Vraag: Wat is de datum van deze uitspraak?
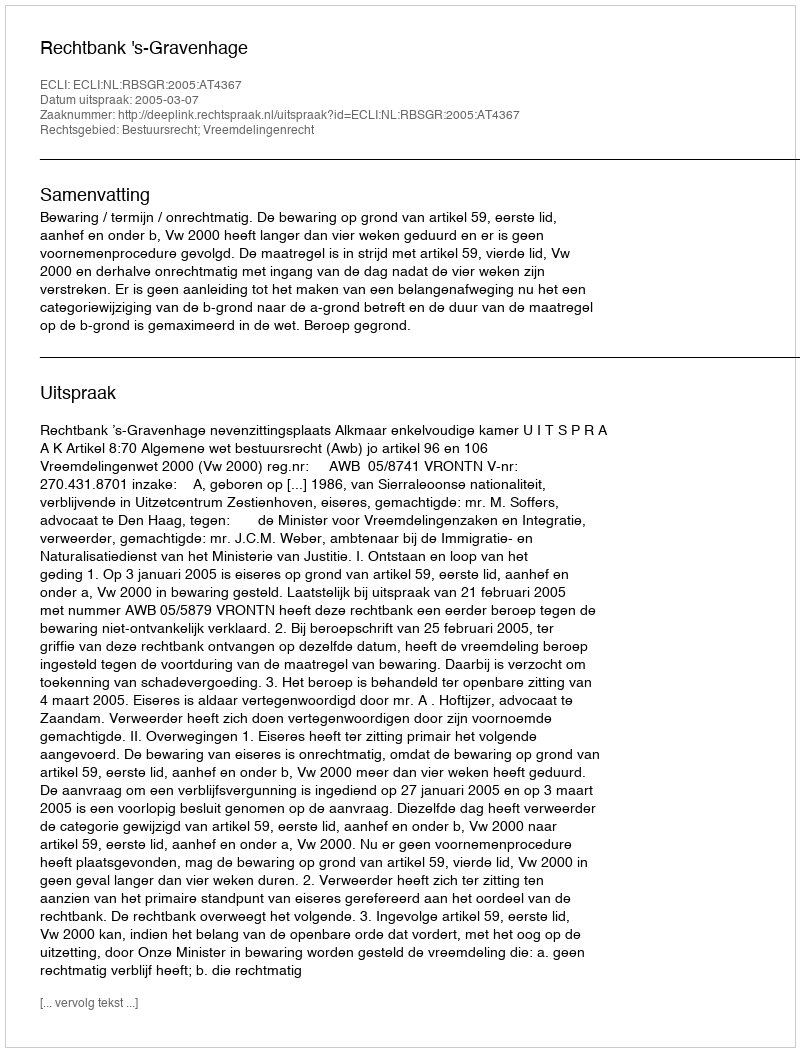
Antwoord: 2005-03-07